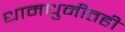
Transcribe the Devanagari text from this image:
धामधुमीतही